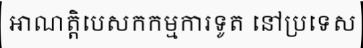
អាណត្តិបេសកកម្មការទូត នៅប្រទេស